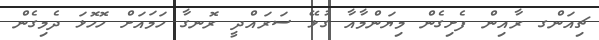
ޗިއަންގ ރާއިން ފެށިގެން މިޔަންމާއާ ގުޅޭ ސަރައްދީ ރޮނގާ ހަމައަށް ހޮހޮޅަ ދެމިގެން